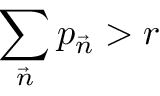
\sum _ { \vec { n } } p _ { \vec { n } } > r